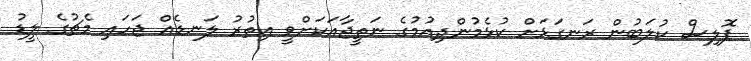
ޕޮލިސް ކުލަބުން ރަނގަޅަށް ކުޅެމުންދިއުމުގެ ނަތީޖާއަކަށްވީ އިތުރު ލަނޑެއް ޖަހައި މެޗުގެ ލީޑު